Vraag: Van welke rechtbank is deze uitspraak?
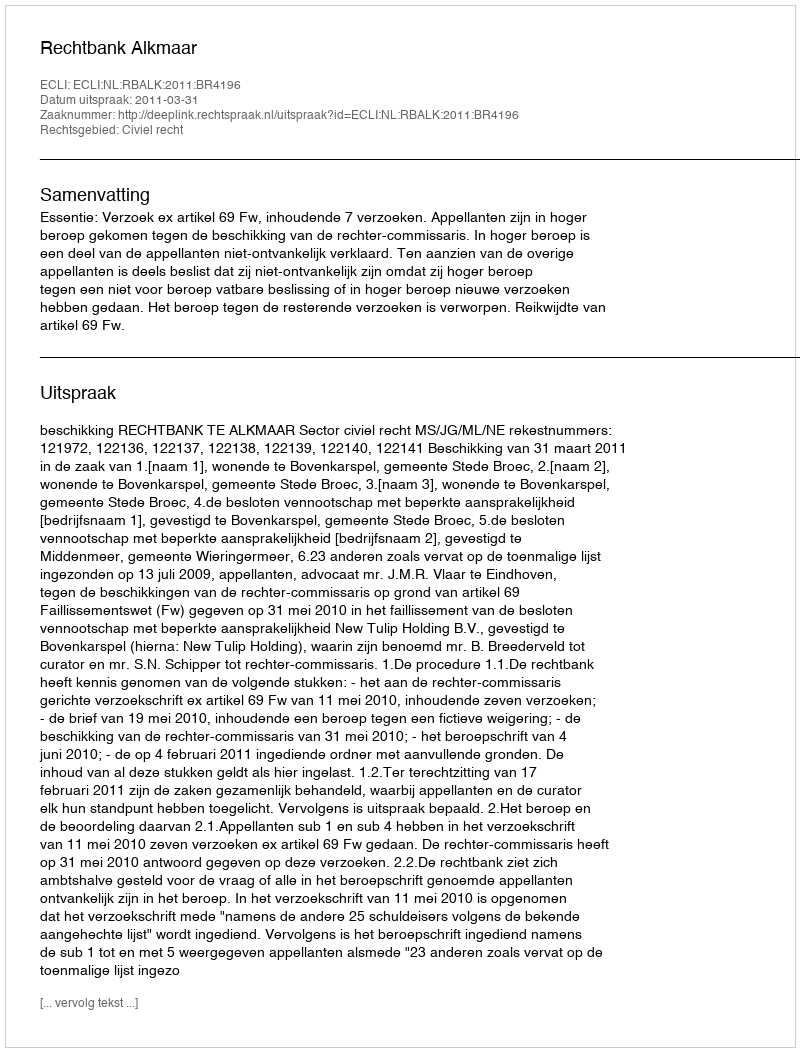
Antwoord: Rechtbank Alkmaar